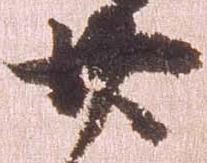
廿